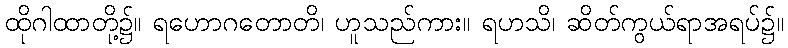
ထိုဂါထာတို့၌။ ရဟောဂတောတိ၊ ဟူသည်ကား။ ရဟသိ၊ ဆိတ်ကွယ်ရာအရပ်၌။